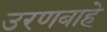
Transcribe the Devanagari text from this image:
उरणबाहे